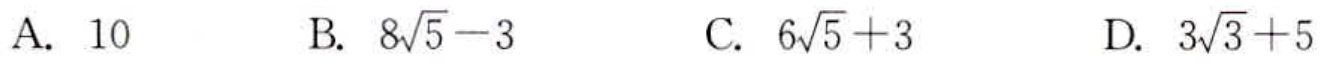
A. \(10\)

B. \(8\sqrt{5}-3\)

C. \(6\sqrt{5}+3\)

D. \(3\sqrt{3}+5\)